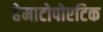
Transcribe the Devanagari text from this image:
हेमाटोपोएटिक